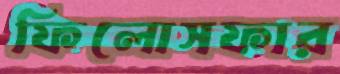
ফিলোসফার